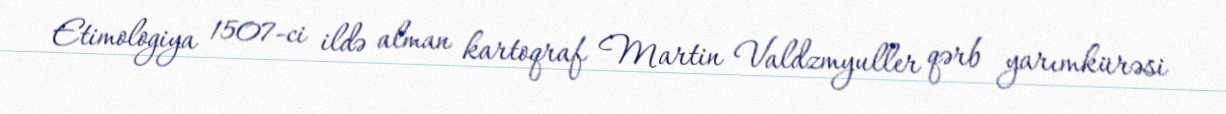
Etimologiya 1507-ci ildə alman kartoqraf Martin Valdzmyuller qərb yarımkürəsi